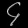
Digit: ၄